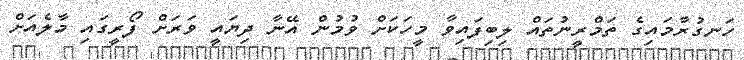
ހަނގުރާމައިގެ ތަމްރީނުތައް ލިބިފައިވާ މީހަކަށް ވުމުން އޭނާ ދިޔައީ ވަރަށް ފޯރީގައި މާލެއަށް